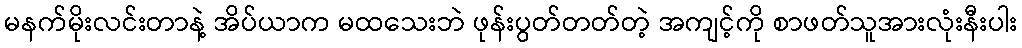
မနက်မိုးလင်းတာနဲ့ အိပ်ယာက မထသေးဘဲ ဖုန်းပွတ်တတ်တဲ့ အကျင့်ကို စာဖတ်သူအားလုံးနီးပါး